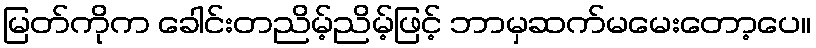
မြတ်ကိုက ခေါင်းတညိမ့်ညိမ့်ဖြင့် ဘာမှဆက်မမေးတော့ပေ။